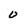
Character: 0